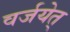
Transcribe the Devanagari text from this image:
वर्जयेत्